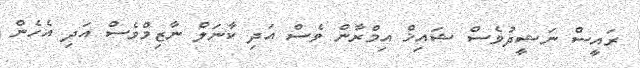
ރައީސް ނަޝީދުވެސް ޝައިޚް އިމްރާން ވެސް އަދި ކާނަލް ނާޒިމްވެސް އަދި އެހެން